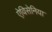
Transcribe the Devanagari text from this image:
ऐविसेनिया